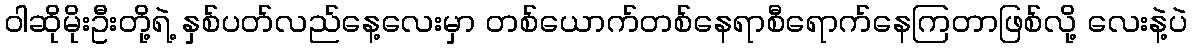
ဝါဆိုမိုးဦးတို့ရဲ့ နှစ်ပတ်လည်နေ့လေးမှာ တစ်ယောက်တစ်နေရာစီရောက်နေကြတာဖြစ်လို့ လေးနဲ့ပဲ